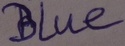
Text: Blue